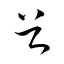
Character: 谷